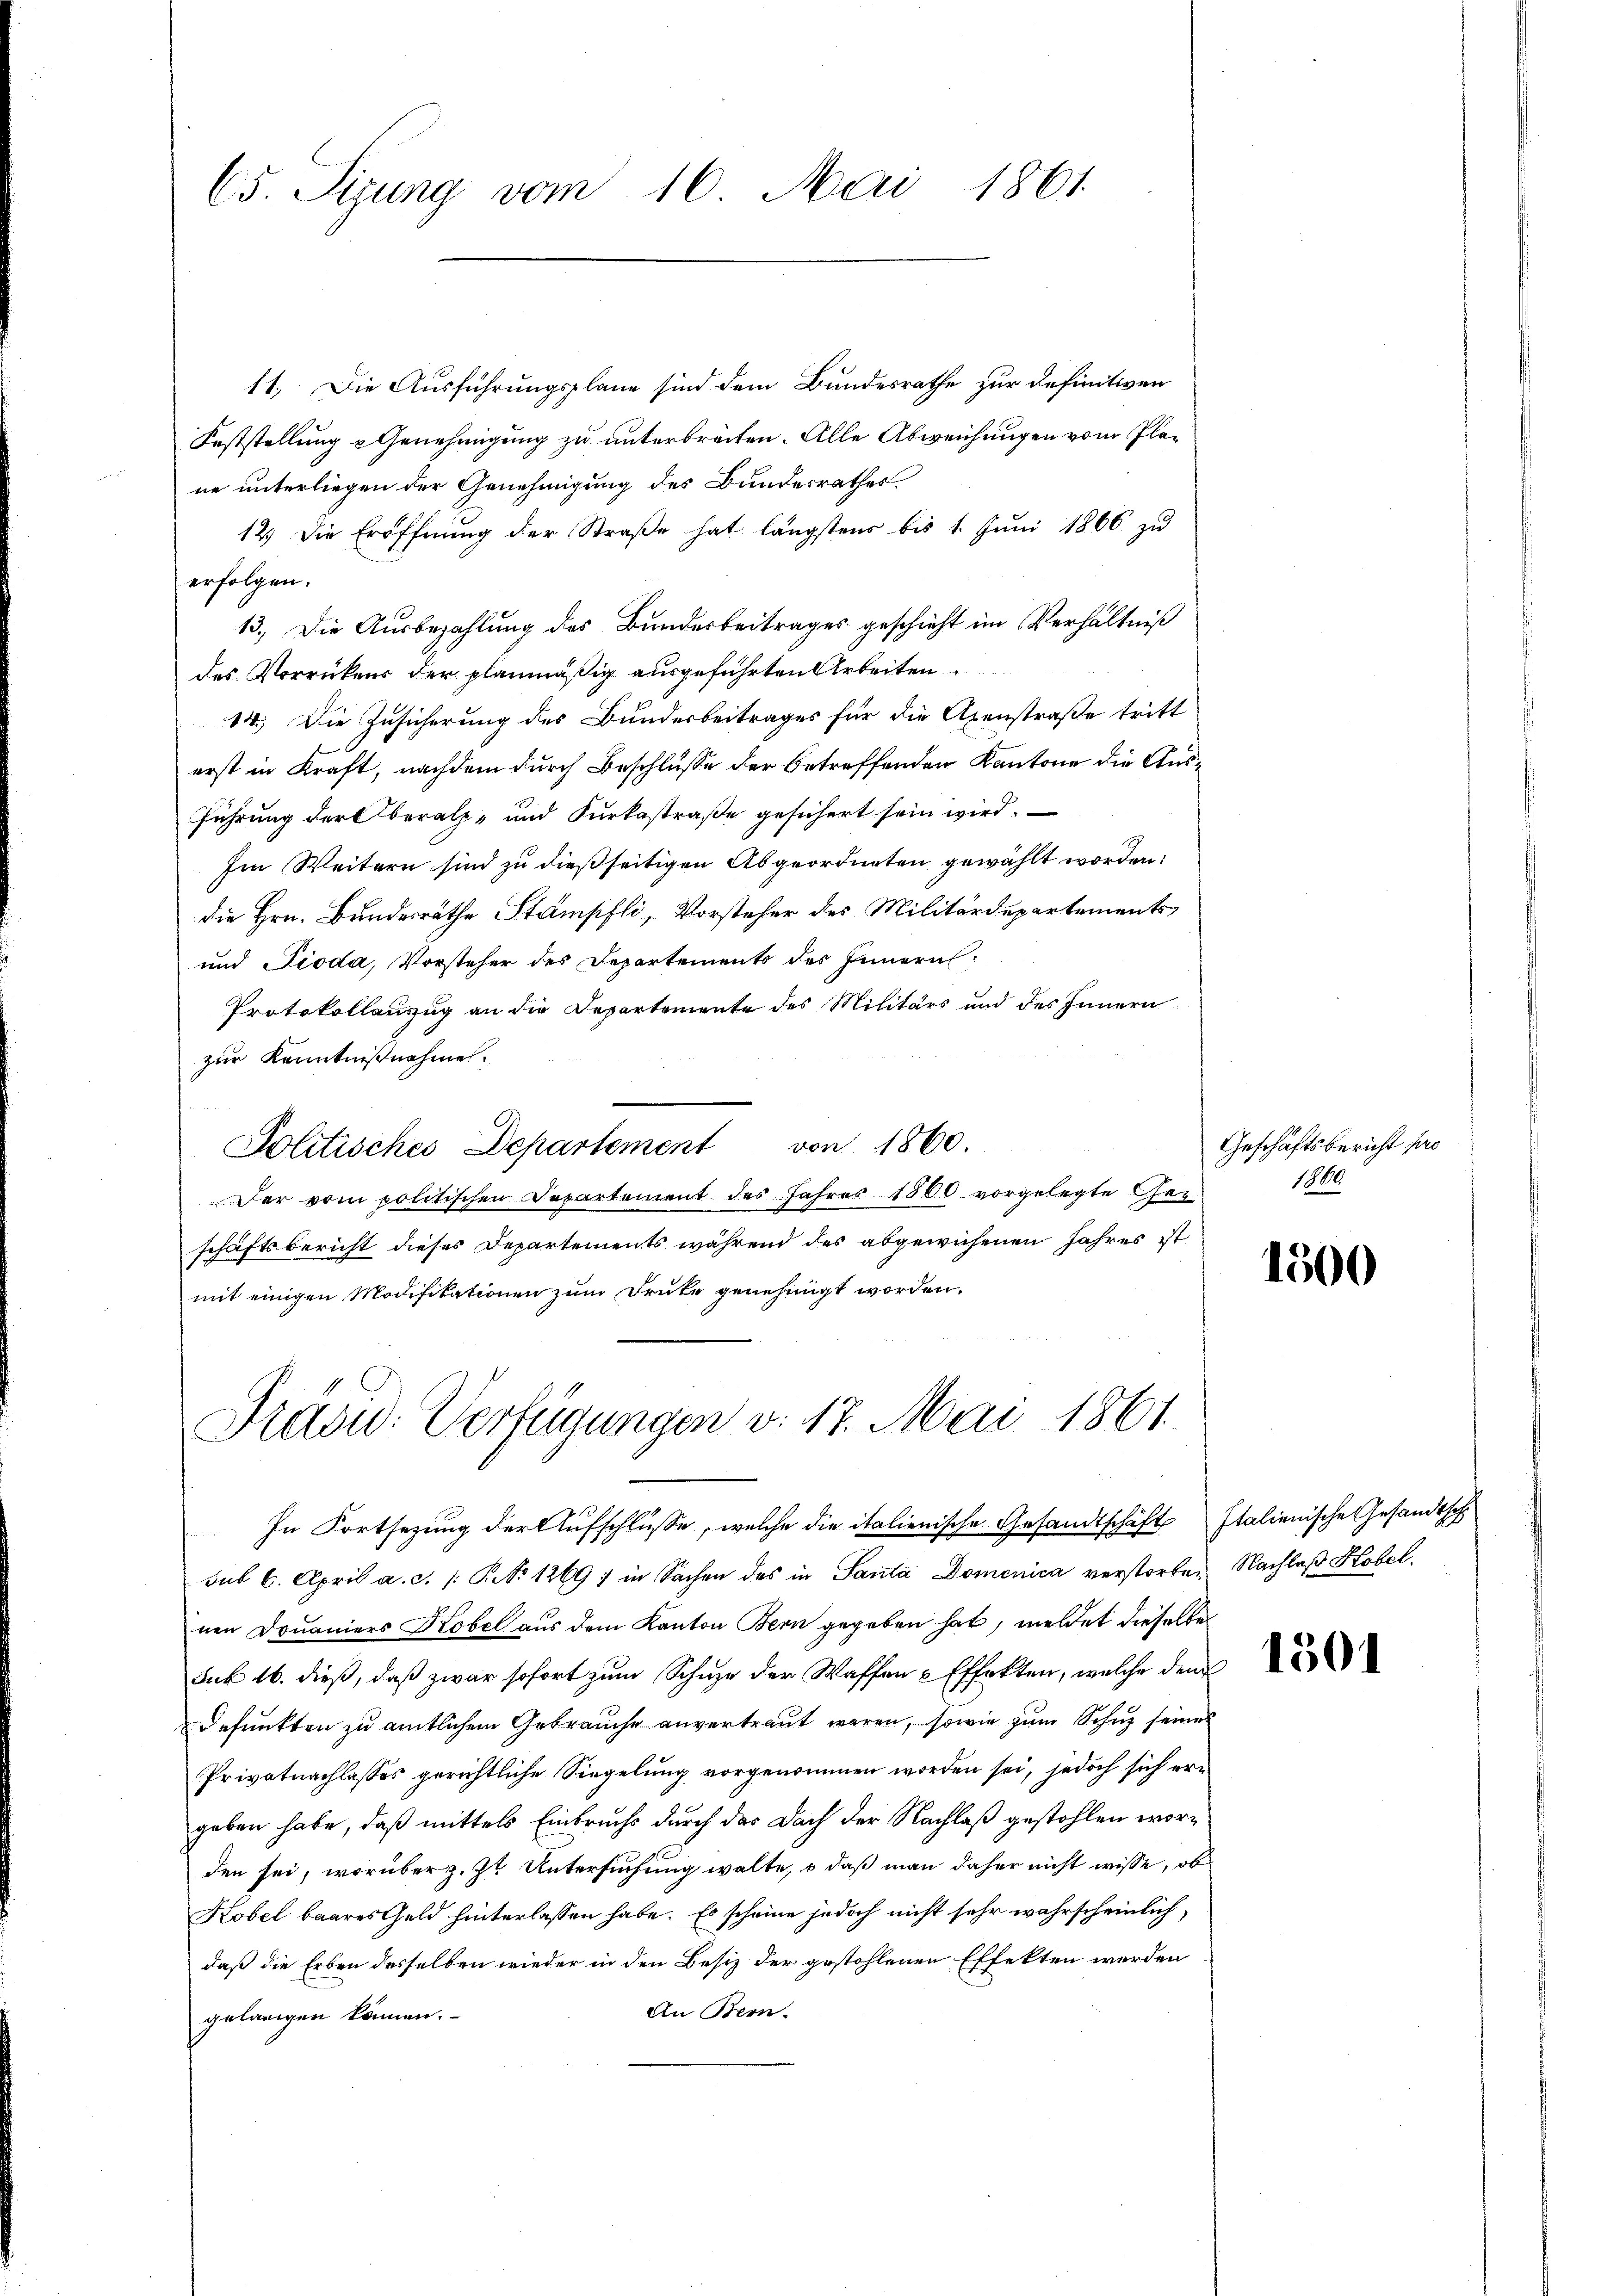
65. Sizung vom 16. Mai 1861

11. Die Ausführungsplane sind dem Bundesrathe zur Definitiven
Feststellung & Genehmigung zu unterbreiten. Alle Abweichungen vom Plane unterliegen der Genehmigung des Bundesrathes
12.) Die Eröffnŭng der Straβe hat längstens bis 1. Jŭni 1866 zu
erfolgen.
13. Die Ausbezahlung des Bunderbeitrages geschieht im Verhältniß
des Vorrückens der planmäßig ausgeführten Arbeiten
14.) Die Zusicherung des Bundesbeitrages für die Axenstraße tritt
erst in Kraft, nachdem durch Beschlüsse der betreffenden Kantone die Ausführung der Oberalp- und Furkastraße gesichert sein wird.
Im Weitern sind zu dießseitigen Abgeordneten gewählt worden:
die Hrn. Bundesräthe Stampfli, Vorsteher des Militärdepartements,
und Pioda, Vorsteher des Departements des Innern
Protokollenzug an die Departemente des Militärs und des Innern
zur Kenntnißnahmen.
Politisches Departement von 1860.
Der vom politischen Departement des Jahres 1860 vorgelegte Geschäftsbericht dieses Departements während des abgewichenen Jahres ist
mit einigen Modifikationen zum Druke genehmigt worden.

Präsid. Verfügungen v. 17. Mai 1861
In Fortsezung der Aufschlüsse, welche die italienische Gesandtschäft Italienische Gesandtsch

Geschäftsbericht pro
1860

sub 6. April a. c. /: P. No 1269) in Sachen des in Santa Domenica verstorben Nachlaß Kobel,
nen Douaniers Kobel aus dem Kanton Bern gegeben hat, meldet dieselbe
sub 16. dieß, daß zwar sofort zum Schuze der Waffen & Effekten, welche dem
Befunkten zu amtlichem Gebrauche anvertraut waren, sowie zum Schuz seines
Privatnachlasses gerichtliche Siegelung vorgenommen worden sei, jedoch sich ergeben habe, daß mittels Einbruchs durch das Dach der Nachlaß gestohlen worden sei, worüber z. Zt. Untersuchung walte, o daß man daher nicht wisse, ob
Kobel baares Geld hinterlassen habe. Es scheine jedoch nicht sehr wahrscheinlich,
daß die Erben desselben wieder in den Besiz der gestohlenen Effekten werden
An Bern.
gelangen können.

1500

1501